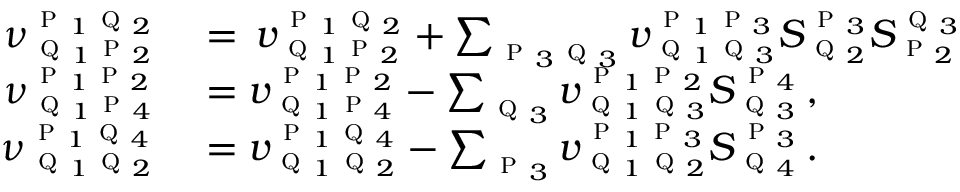
\begin{array} { r l } { \nu _ { \textsc { q } _ { 1 } \textsc { p } _ { 2 } } ^ { \textsc { p } _ { 1 } \textsc { q } _ { 2 } } } & { { } = \, v _ { \textsc { q } _ { 1 } \textsc { p } _ { 2 } } ^ { \textsc { p } _ { 1 } \textsc { q } _ { 2 } } + \sum _ { \textsc { p } _ { 3 } \textsc { q } _ { 3 } } v _ { \textsc { q } _ { 1 } \textsc { q } _ { 3 } } ^ { \textsc { p } _ { 1 } \textsc { p } _ { 3 } } S _ { \textsc { q } _ { 2 } } ^ { \textsc { p } _ { 3 } } S _ { \textsc { p } _ { 2 } } ^ { \textsc { q } _ { 3 } } } \\ { \nu _ { \textsc { q } _ { 1 } \textsc { p } _ { 4 } } ^ { \textsc { p } _ { 1 } \textsc { p } _ { 2 } } } & { { } = v _ { \textsc { q } _ { 1 } \textsc { p } _ { 4 } } ^ { \textsc { p } _ { 1 } \textsc { p } _ { 2 } } - \sum _ { \textsc { q } _ { 3 } } v _ { \textsc { q } _ { 1 } \textsc { q } _ { 3 } } ^ { \textsc { p } _ { 1 } \textsc { p } _ { 2 } } S _ { \textsc { q } _ { 3 } } ^ { \textsc { p } _ { 4 } } \, , } \\ { \nu _ { \textsc { q } _ { 1 } \textsc { q } _ { 2 } } ^ { \textsc { p } _ { 1 } \textsc { q } _ { 4 } } } & { { } = v _ { \textsc { q } _ { 1 } \textsc { q } _ { 2 } } ^ { \textsc { p } _ { 1 } \textsc { q } _ { 4 } } - \sum _ { \textsc { p } _ { 3 } } v _ { \textsc { q } _ { 1 } \textsc { q } _ { 2 } } ^ { \textsc { p } _ { 1 } \textsc { p } _ { 3 } } S _ { \textsc { q } _ { 4 } } ^ { \textsc { p } _ { 3 } } \, . } \end{array}